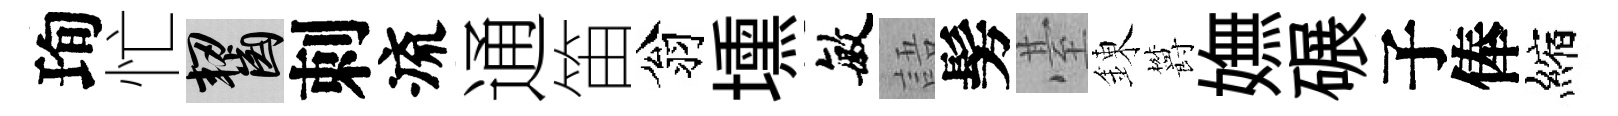
珣忙齧刺流通笛翁壎敏語髣䑓錬欝嫵碾子俸縮